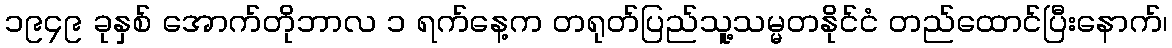
၁၉၄၉ ခုနှစ် အောက်တိုဘာလ ၁ ရက်နေ့က တရုတ်ပြည်သူ့သမ္မတနိုင်ငံ တည်ထောင်ပြီးနောက်၊